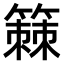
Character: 𫂡